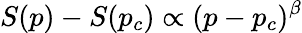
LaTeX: S(p)-S(p_{c})\propto(p-p_{c})^{\beta}